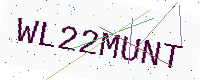
Text: WL22MUNT